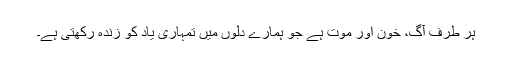
ہر طرف آگ، خون اور موت ہے جو ہمارے دلوں میں تمہاری یاد کو زندہ رکھتی ہے۔